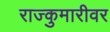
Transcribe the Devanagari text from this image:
राज्कुमारीवर